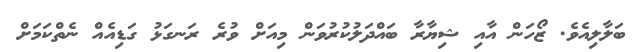
ބަލާލިއެވެ. ޒޯހަން އާއި ޝިޔާރާ ބައްދަލުކުރުވަން މިއަށް ވުރެ ރަނގަޅު ގަޑިއެއް ނެތްކަމަށް